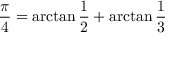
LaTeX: { \frac { \pi } { 4 } } = \arctan { \frac { 1 } { 2 } } + \arctan { \frac { 1 } { 3 } }